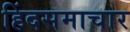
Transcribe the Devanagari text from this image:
हिंदसमाचार